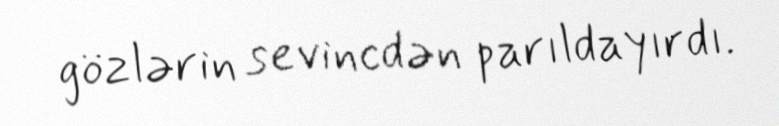
gözlərin sevincdən parıldayırdı.